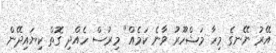
އޭރު ނޭނގެ މިހާ މަޝްހޫރު ވާނެ ކަމެއް" މިރުސް ހެއްދި ގޮތް ކިޔައިދޭން